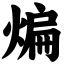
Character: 煸